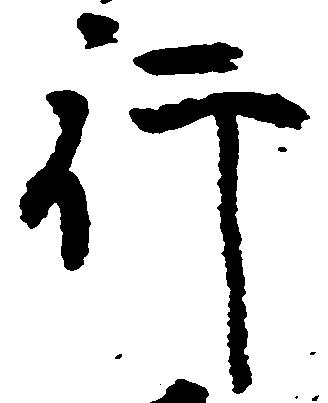
行